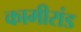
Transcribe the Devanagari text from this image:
कामीरांड